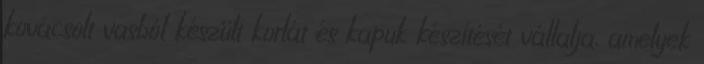
kovácsolt vasból készült korlát és kapuk készítését vállalja, amelyek